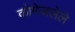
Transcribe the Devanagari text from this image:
कोमेजलेले